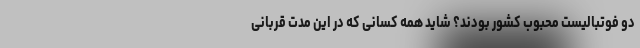
دو فوتبالیست محبوب کشور بودند؟ شاید همه کسانی که در این مدت قربانی